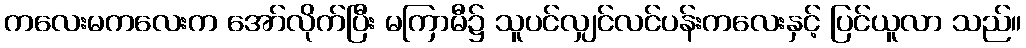
ကလေးမကလေးက အော်လိုက်ပြီး မကြာမီ၌ သူပင်လျှင်လင်ပန်းကလေးနှင့် ပြင်ယူလာ သည်။